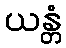
ယန္တံ